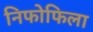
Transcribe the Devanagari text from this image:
निफोफिला